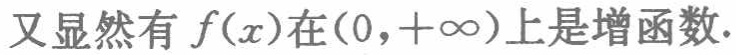
又显然有 \(f(x)\) 在\((0,+\infty)\)上是增函数.